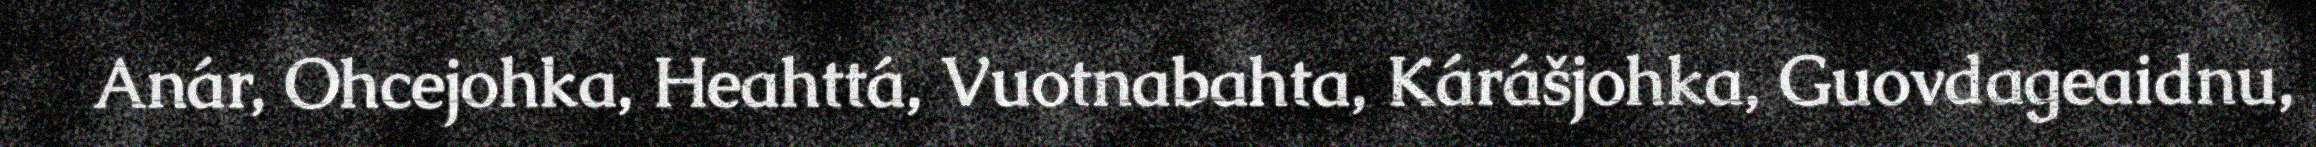
Anár, Ohcejohka, Heahttá, Vuotnabahta, Kárášjohka, Guovdageaidnu,